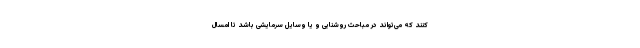
کنند که می‌تواند در مباحث روشنایی و یا وسایل سرمایشی باشد تا امسال